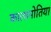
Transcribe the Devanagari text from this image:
कालामोतिया